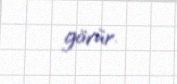
görür.